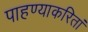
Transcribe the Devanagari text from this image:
पाहण्याकरितां